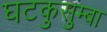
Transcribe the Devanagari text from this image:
घटकुसुम्बा